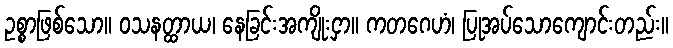
ဥစ္စာဖြစ်သော။ ဝသနတ္ထာယ၊ နေခြင်းအကျိုးငှာ။ ကတဂေဟံ၊ ပြုအပ်သောကျောင်းတည်း။